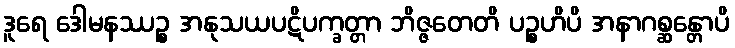
ဒူရေ ဒေါမနဿဉ္စ အနုသယပဋိပက္ခတ္တာ ဘိဇ္ဇတေတိ ပဉ္စဟိပိ အနာဂစ္ဆန္တောပိ